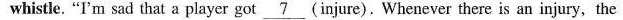
whistle. "I'm sad that a player got \underline{7} (injure). Whenever there is an injury, the